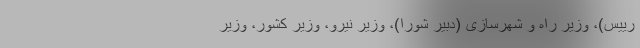
رییس)، وزیر راه و شهرسازی (دبیر شورا)، وزیر نیرو، وزیر کشور، وزیر